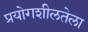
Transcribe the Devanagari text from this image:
प्रयोगशीलतेला